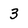
Character: 3